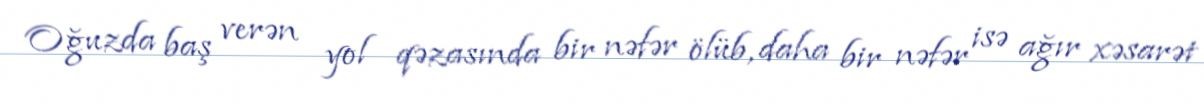
Oğuzda baş verən yol qəzasında bir nəfər ölüb, daha bir nəfər isə ağır xəsarət